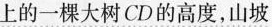
上的一棵大树CD的高度，山坡